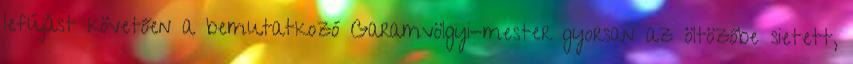
lefújást követően a bemutatkozó Garamvölgyi-mester gyorsan az öltözőbe sietett,